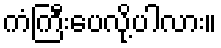
ကံကြီးပေလို့ပါလား။